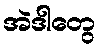
အဲဒါတွေ